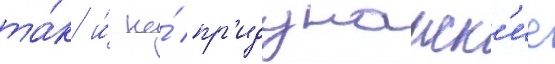
та́к и́ на́ пр'идунаиск'ие